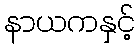
နာယကနှင့်